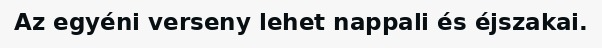
Az egyéni verseny lehet nappali és éjszakai.